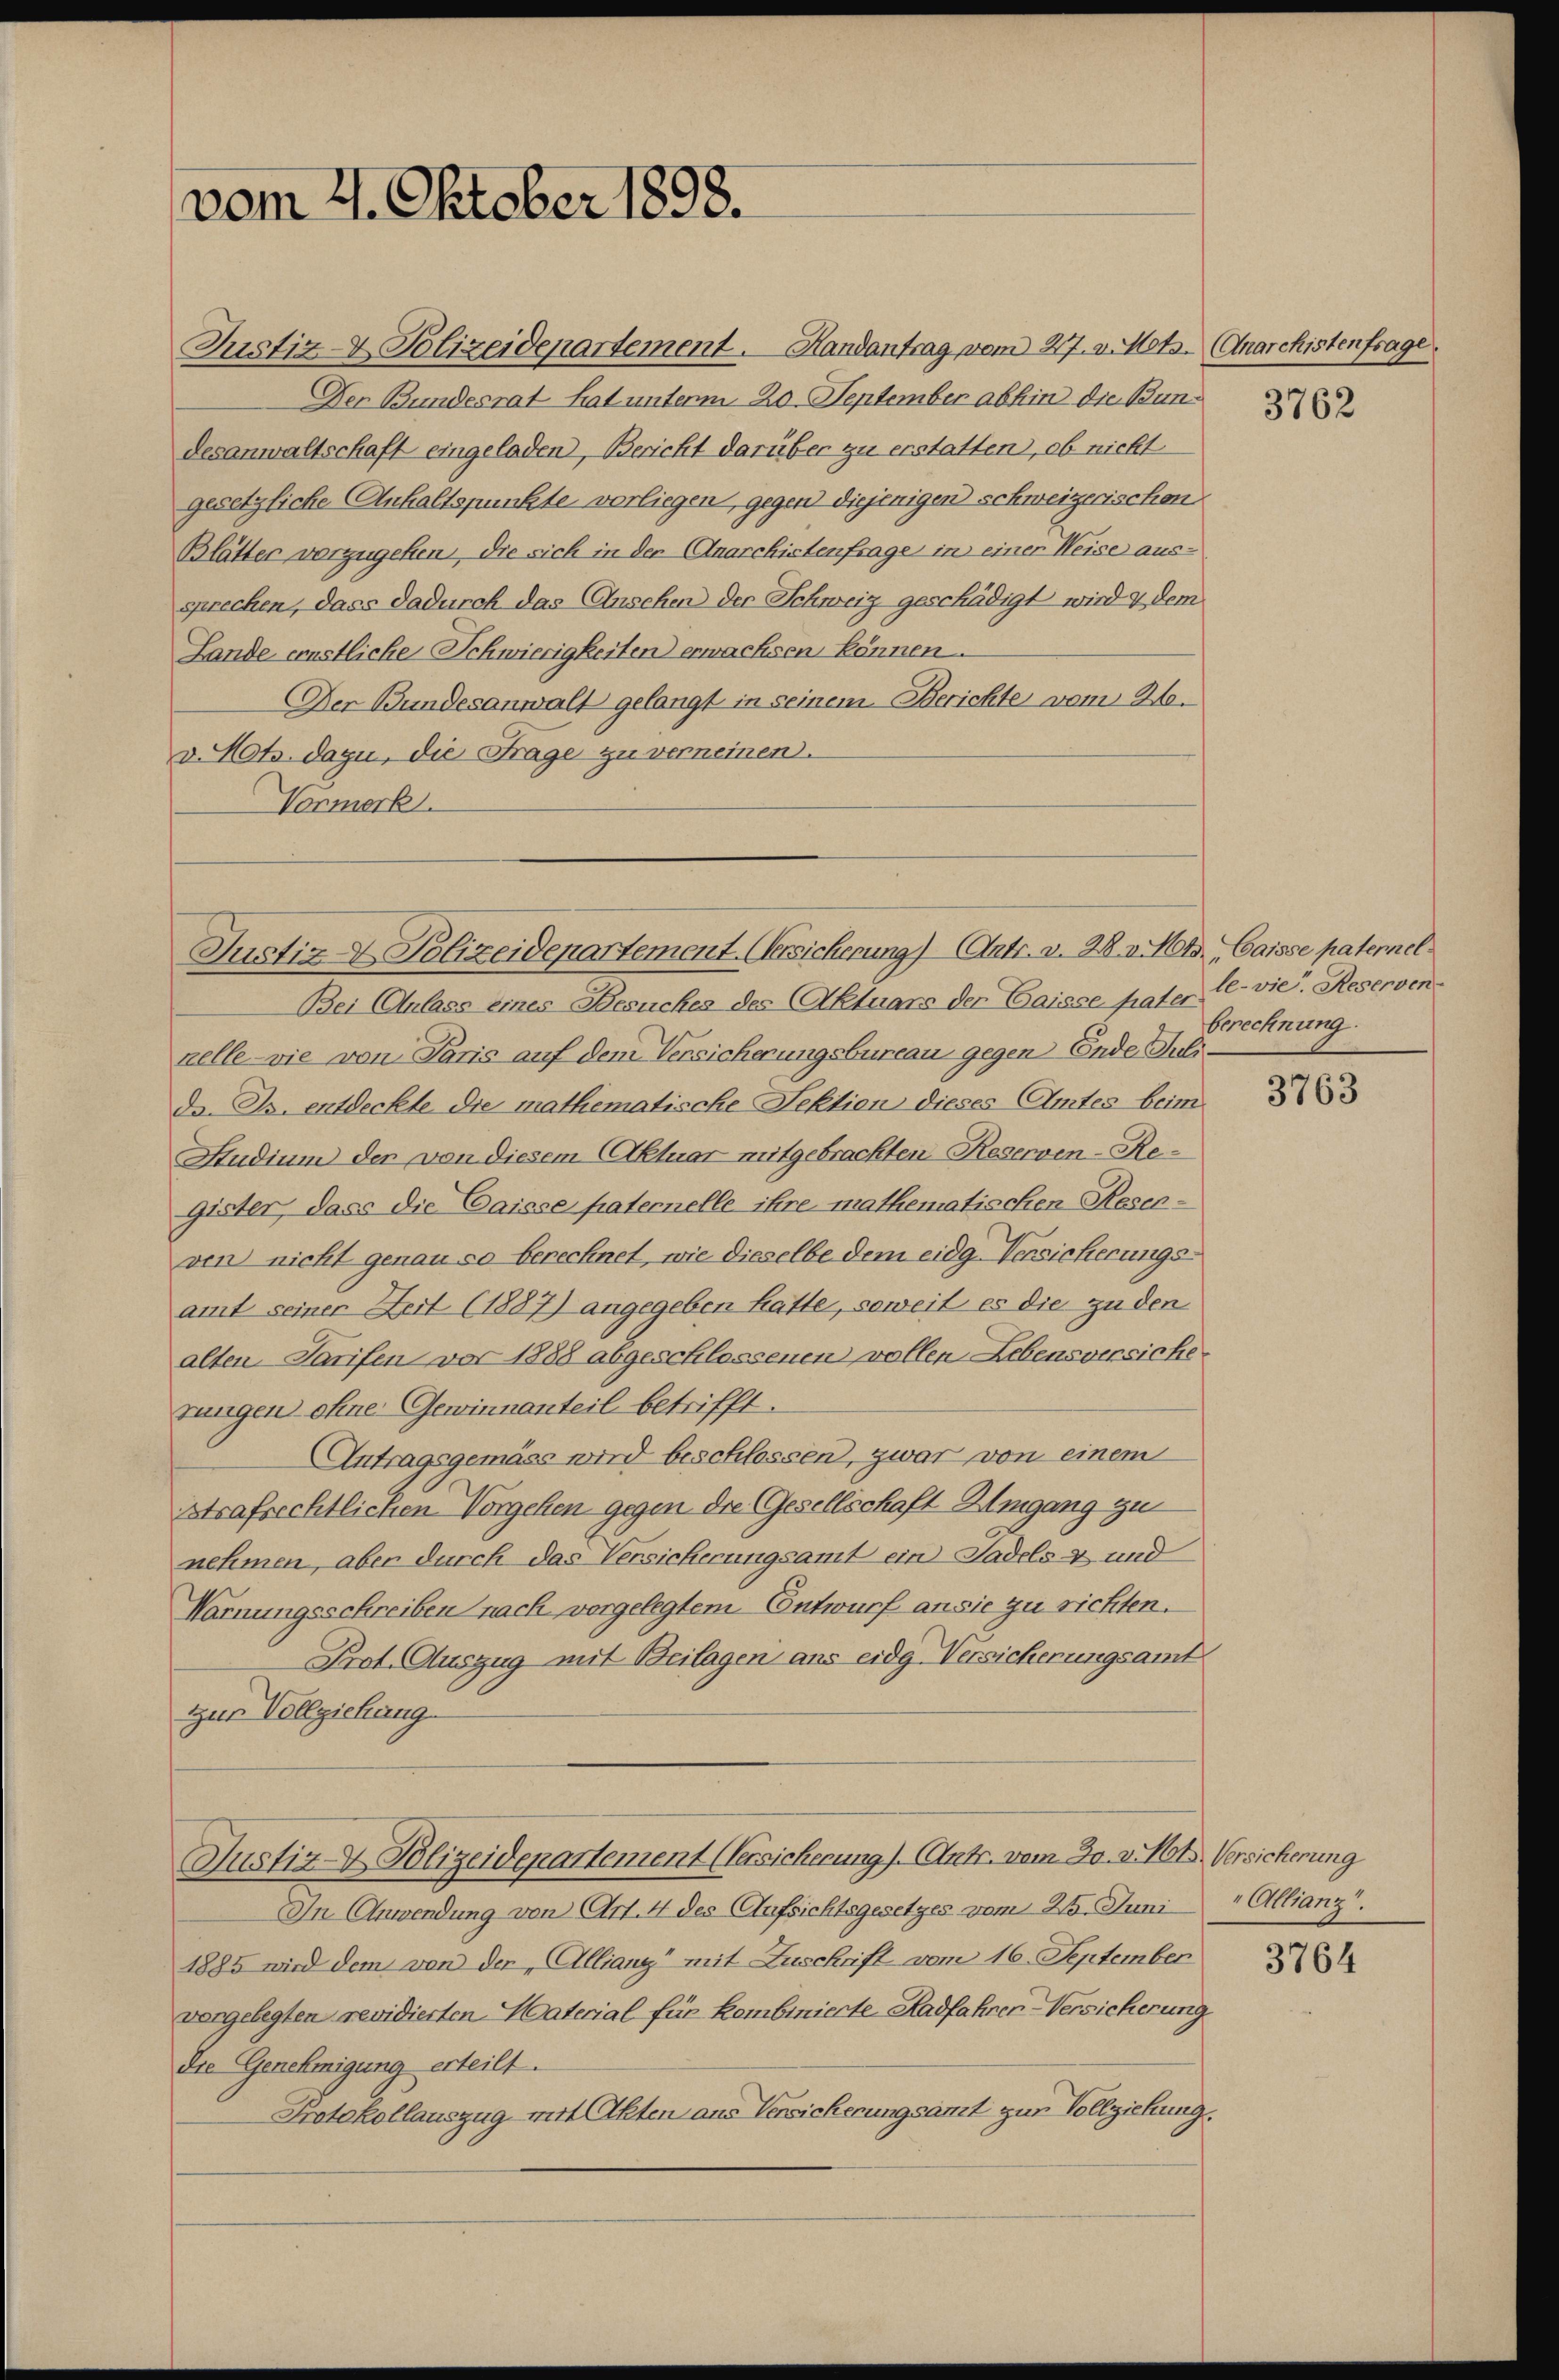
vom 21. Oktober 1898.

Justiz- & Polizeidepartement. Handantrag vom 27. v. Mts. (Anarchistenfrage.
Der Bundesrat hat unterm 20. September abhin die Bundesanwaltschaft eingeladen, Bericht darüber zu erstatten, ob nicht
gesetzliche Anhaltspunkte vorliegen gegen diejenigen schweizerischen
Blätter vorzugehen, die sich in der Anarchistenfrage in einer Weise aussprechen, dass dadurch das Ansehen der Schweiz geschädigt wird & dem
Lande ernstliche Schwierigkeiten erwachsen, können.
Der Bundesanwalt gelangt in seinem Berichte vom Wev. Mts. dazu, die Frage zu verneinen.
Vormerk.

Justiz- & Polizeidepartement. Versicherung) (Antr. v. M. v. Mts., Caisse paternel

Bei Anlass eines Besuches des Aktuars der Caisse pater (vie. Reserven-
kelle - wie von Paris auf dem Versicherungsbureau gegen Ende Juli.
da. Js. entdeckte die mathematische Lektien dieses Amtes beim
Studium der von diesem Aktuar mitgebrachten Reserven-Register, dass die Caisse paternelle ihre mathematischen Resenven nicht genau so berechnet, wie dieselbe dem eidg. Versicherungsamt seiner Zeit (1887) angegeben hatte, soweit es die zu den
alten Tarifen vor 1888 abgeschlossenen vollen Lebensversichesungen ohne Gewinnanteil betrifft.
Antragsgemäss wird beschlossen, zwar von einem
Strafrechtlichen Vorgehen gegen die Gesellschaft Umgang zu
nehmen, aber durch das Versicherungsamt ein Sadels- und
Warnungsschreiben nach vorgelegtem Entwurf an sie zu richten.
Prot. Auszug mit Beilagen ans eidg. Versicherungsamt
zur Vollziehung
Justiz- & Polizeidenartement (Versicherung). (Ant. vom 30. v. Mts. Versicherung
In Anwendung von Art. 4 des Aufsichtsgesetzes vom 25. Juni " Allianz.
1885 wird dem von der „Allianz“ mit Zuschrift vom 16. September
vorgelegten revidierten Material für kombinierte Radfahren-Versicherung
Die Genehmigung erteilt.
Protokollauszug mit Akten aus Versicherungsamt zur Vollziehung.

3762

berechnung.

3763

3764